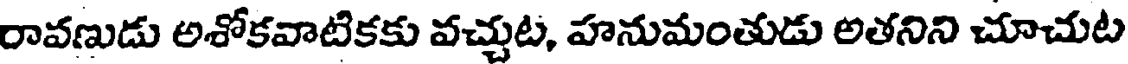
రావణుడు అశోకవాటికకు వచ్చుట, హనుమంతుడు అతనిని చూచుట